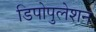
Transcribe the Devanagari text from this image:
डिपोपुलेशन